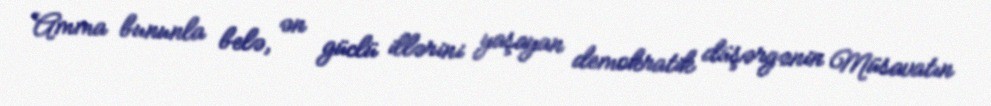
Amma bununla belə, ən güclü illərini yaşayan demokratik düşərgənin Müsavatın